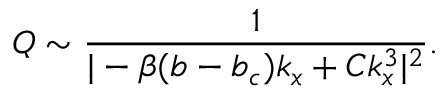
Q \sim \frac { 1 } { | - \beta ( b - b _ { c } ) k _ { x } + C k _ { x } ^ { 3 } | ^ { 2 } } .